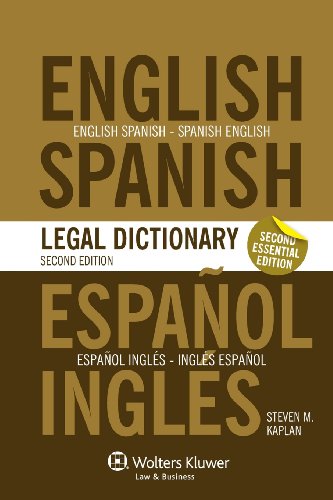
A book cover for The Essential English/Spanish and Spanish/English Legal Dictionary, Second Edition Revised; Steven Kaplan; Law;